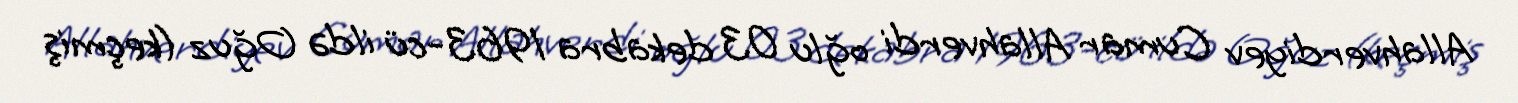
Allahverdiyev Cumar Allahverdi oğlu 03 dekabra 1963-cü ildə Oğuz (keçmiş